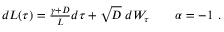
\begin{array} { r } { d L ( \tau ) = \frac { \gamma + D } { L } d \tau + \sqrt { D } \; d W _ { \tau } \qquad \alpha = - 1 \ . } \end{array}